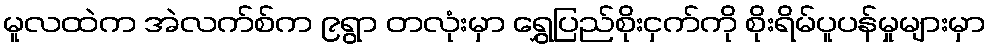
မူလထဲက အဲလက်စ်က ၉ရွာ တလုံးမှာ ရွှေပြည်စိုးငှက်ကို စိုးရိမ်ပူပန်မှုများမှာ